Indian journal of veterinary science and animal husbandry - Volumes 18-21, 1948-1951
Year: 1948
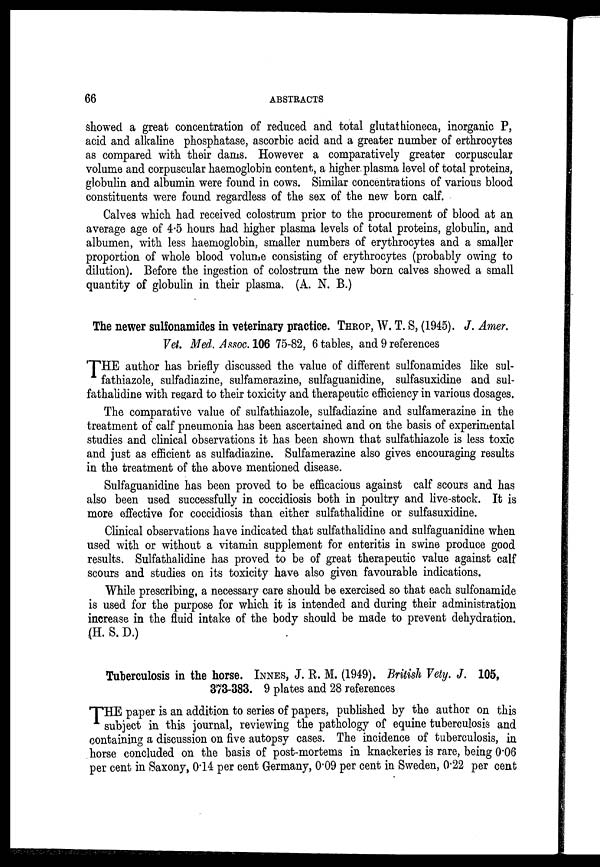
66
ABSTRACTS
showed a great concentration of reduced and total glutathioneca, inorganic P,
acid and alkaline phosphatase, ascorbic acid and a greater number of erthrocytes
as compared with their dams. However a comparatively greater corpuscular
volume and corpuscular haemoglobin content, a higher plasma level of total proteins,
globulin and albumin were found in cows. Similar concentrations of various blood
constituents were found regardless of the sex of the new born calf.
Calves which had received colostrum prior to the procurement of blood at an
average age of 4.5 hours had higher plasma levels of total proteins, globulin, and
albumen, with less haemoglobin, smaller numbers of erythrocytes and a smaller
proportion of whole blood volume consisting of erythrocytes (probably owing to
dilution). Before the ingestion of colostrum the new born calves showed a small
quantity of globulin in their plasma. (A. N. B.)
The newer sulfonamides in veterinary practice. THROP, W.T.S, (1945). J. Amer.
Vet. Med. Assoc. 106 75-82, 6 tables, and 9 references
THE author has briefly discussed the value of different sulfonamides like sul-
fathiazole, sulfadiazine, sulfamerazine, sulfaguanidine, sulfasuxidine and sul-
fathalidine with regard to their toxicity and therapeutic efficiency in various dosages.
The comparative value of sulfathiazole, sulfadiazine and sulfamerazine in the
treatment of calf pneumonia has been ascertained and on the basis of experimental
studies and clinical observations it has been shown that sulfathiazole is less toxic
and just as efficient as sulfadiazine. Sulfamerazine also gives encouraging results
in the treatment of the above mentioned disease.
Sulfaguanidine has been proved to be efficacious against calf scours and has
also been used successfully in coccidiosis both in poultry and live-stock. It is
more effective for coccidiosis than either sulfathalidine or sulfasuxidine.
Clinical observations have indicated that sulfathalidine and sulfaguanidine when
used with or without a vitamin supplement for enteritis in swine produce good
results. Sulfathalidine has proved to be of great therapeutic value against calf
scours and studies on its toxicity have also given favourable indications.
While prescribing, a necessary care should be exercised so that each sulfonamide
is used for the purpose for which it is intended and during their administration
increase in the fluid intake of the body should be made to prevent dehydration.
(H. S. D.)
Tuberculosis in the horse. INNES, J. R. M. (1949). British Vety. J. 105,
373-383. 9 plates and 28 references
THE paper is an addition to series of papers, published by the author on this
subject in this journal, reviewing the pathology of equine tuberculosis and
containing a discussion on five autopsy cases. The incidence of tuberculosis, in
horse concluded on the basis of post-mortems in knackeries is rare, being 0.06
per cent in Saxony, 0.14 per cent Germany, 0.09 per cent in Sweden, 0.22 per cent